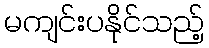
မကျင်းပနိုင်သည့်